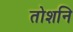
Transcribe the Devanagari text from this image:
तोशनि